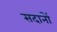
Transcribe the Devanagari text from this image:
सदानों